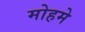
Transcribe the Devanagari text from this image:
मोहमे